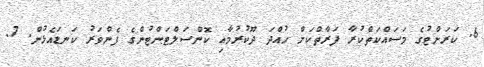
6. ކަރަންޓުގެ މަސައްކަތްކުރާ ފަރާތްކަށް ހުއްދަ ދޫކުރުމާއި ކޮންސަލްޓަންޓުންގެ ފެންވަރު ކަނޑައެޅުން. 7.